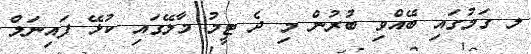
ލ ގަމުގައި ބޭއްވި ބުރުން މި ދެ ޓީމު މާލޭގައި ކުޅޭ ފައިނަލް